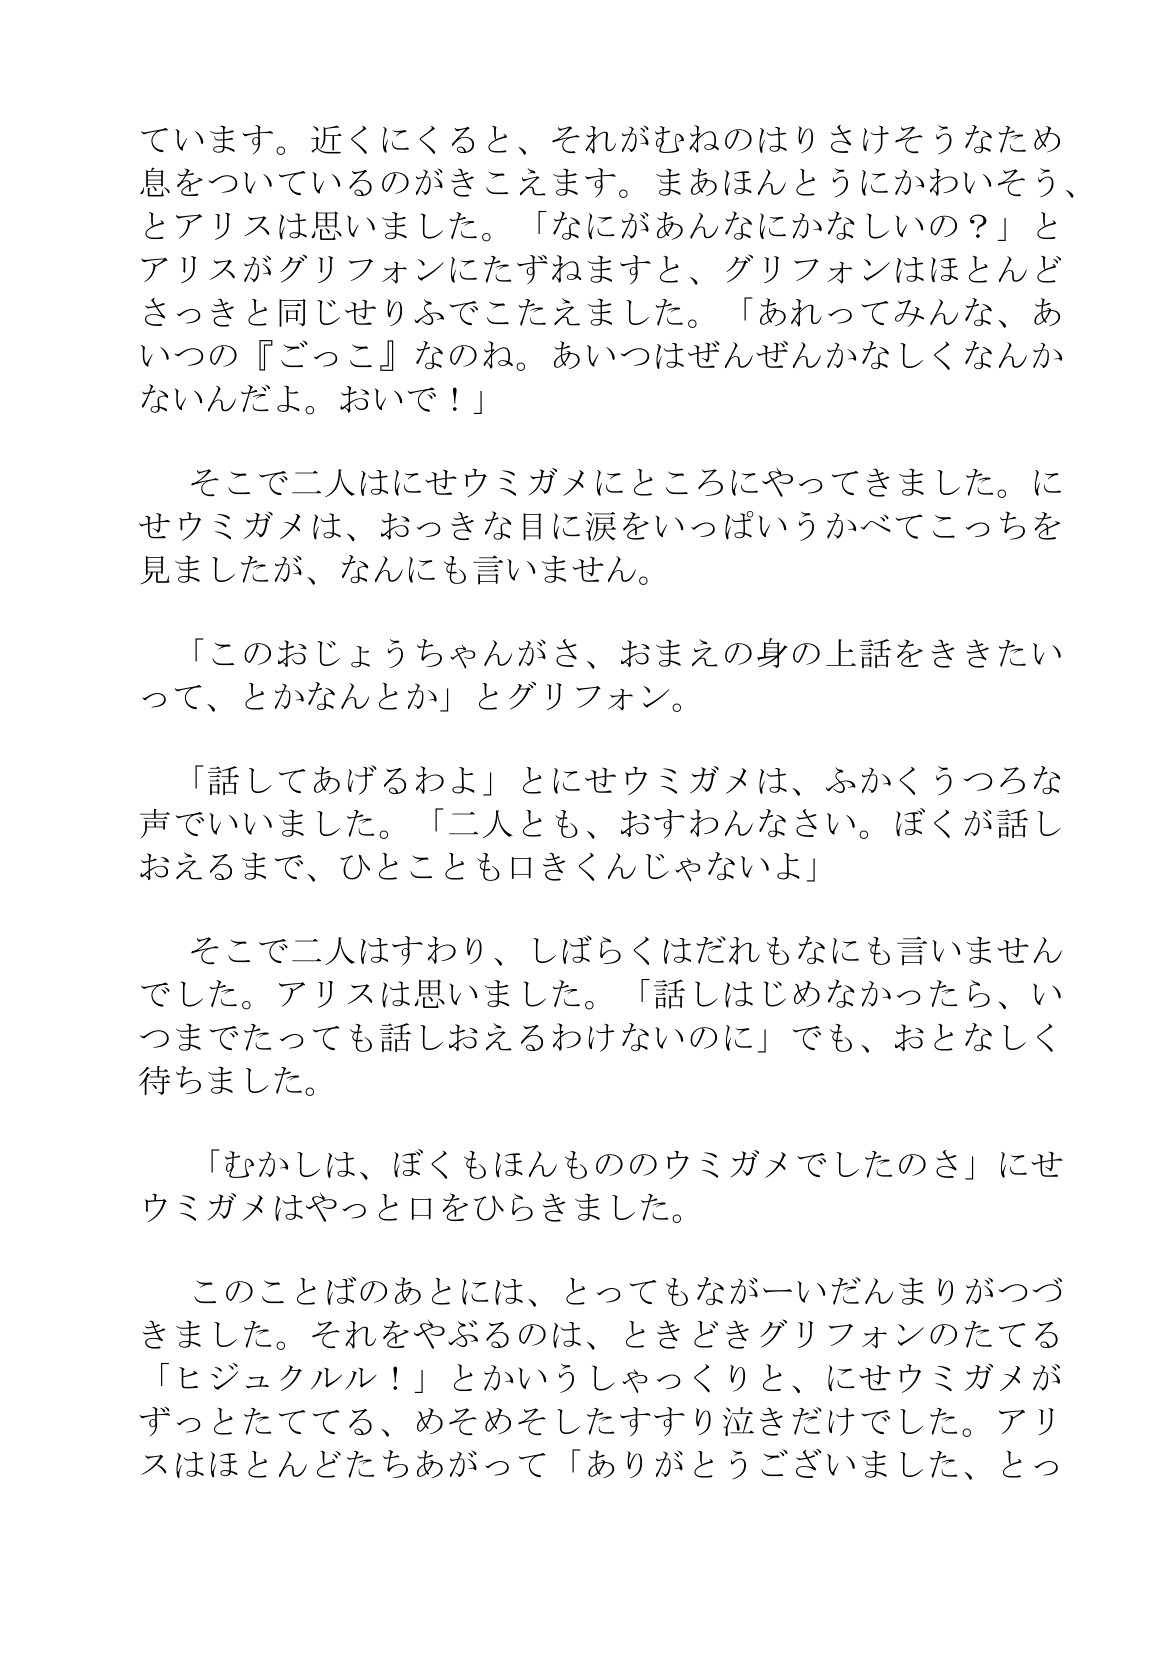
Language: ja